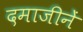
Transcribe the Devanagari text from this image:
दमाजीनें